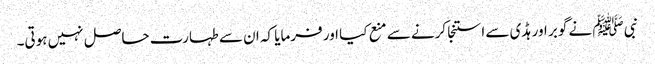
نبی ﷺ نے گوبر اور ہڈی سے استنجا کرنے سے منع کیا اور فرمایا کہ ان سے طہارت حاصل نہیں ہوتی۔